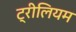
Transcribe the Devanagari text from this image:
ट्रीलियम